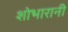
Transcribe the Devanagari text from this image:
शोभारानी